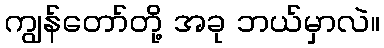
ကျွန်တော်တို့ အခု ဘယ်မှာလဲ။